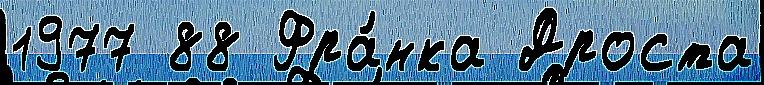
1977 88 Фра́нка Дроста